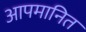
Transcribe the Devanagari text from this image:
आपमानित